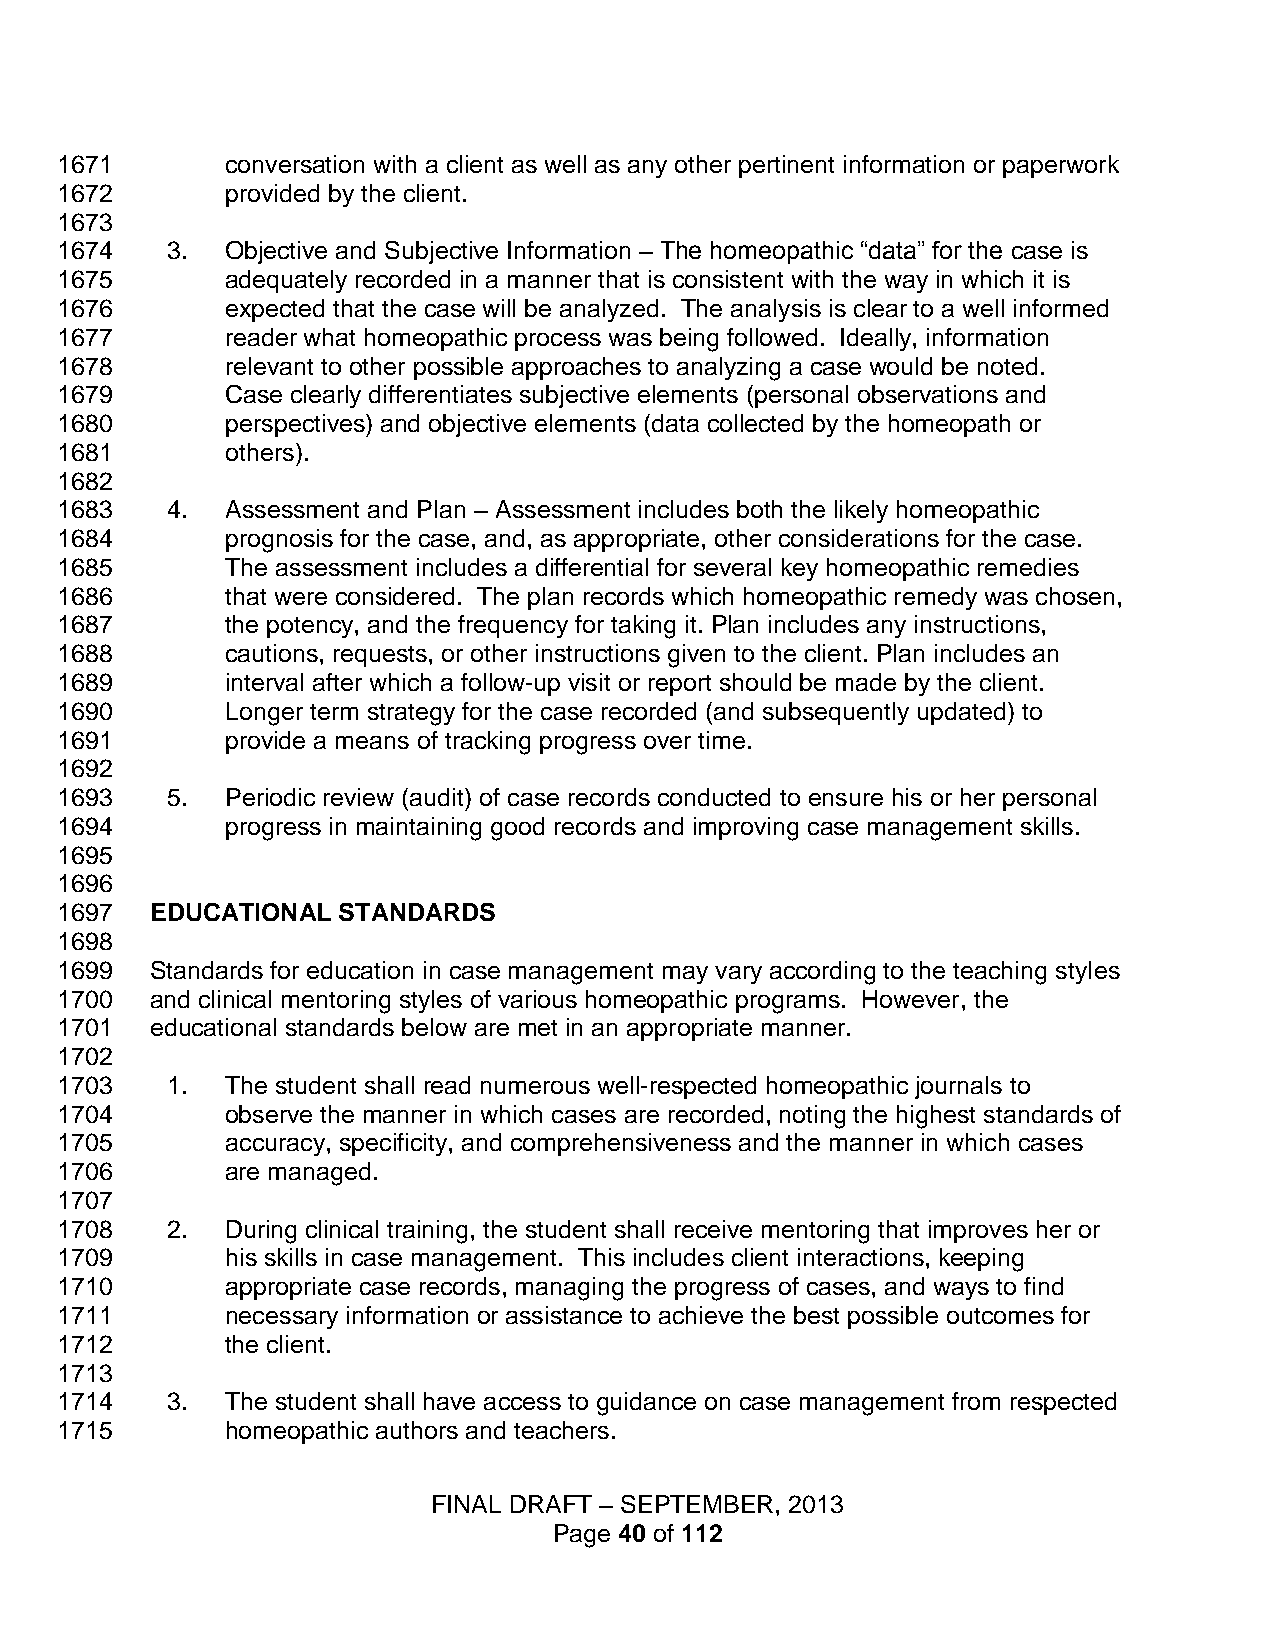
1671       conversation with a client as well as any other pertinent information or paperwork
 1672       provided by the client.
 1673
 1674   3.  Objective and Subjective Information – The homeopathic “data” for the case is
 1675       adequately recorded in a manner that is consistent with the way in which it is
 1676       expected that the case will be analyzed. The analysis is clear to a well informed
 1677       reader what homeopathic process was being followed. Ideally, information
 1678       relevant to other possible approaches to analyzing a case would be noted.
 1679       Case clearly differentiates subjective elements (personal observations and
 1680       perspectives) and objective elements (data collected by the homeopath or
 1681       others).
 1682
 1683   4.  Assessment and Plan – Assessment includes both the likely homeopathic
 1684       prognosis for the case, and, as appropriate, other considerations for the case.
 1685       The assessment includes a differential for several key homeopathic remedies
 1686       that were considered. The plan records which homeopathic remedy was chosen,
 1687       the potency, and the frequency for taking it. Plan includes any instructions,
 1688       cautions, requests, or other instructions given to the client. Plan includes an
 1689       interval after which a follow-up visit or report should be made by the client.
 1690       Longer term strategy for the case recorded (and subsequently updated) to
 1691       provide a means of tracking progress over time.
 1692
 1693   5.  Periodic review (audit) of case records conducted to ensure his or her personal
 1694       progress in maintaining good records and improving case management skills.
 1695
 1696
 1697  EDUCATIONAL STANDARDS
 1698
 1699  Standards for education in case management may vary according to the teaching styles
 1700  and clinical mentoring styles of various homeopathic programs. However, the
 1701  educational standards below are met in an appropriate manner.
 1702
 1703   1.  The student shall read numerous well-respected homeopathic journals to
 1704       observe the manner in which cases are recorded, noting the highest standards of
 1705       accuracy, specificity, and comprehensiveness and the manner in which cases
 1706       are managed.
 1707
 1708   2.  During clinical training, the student shall receive mentoring that improves her or
 1709       his skills in case management. This includes client interactions, keeping
 1710       appropriate case records, managing the progress of cases, and ways to find
 1711       necessary information or assistance to achieve the best possible outcomes for
 1712       the client.
 1713
 1714   3.  The student shall have access to guidance on case management from respected
 1715       homeopathic authors and teachers.
 FINAL DRAFT – SEPTEMBER, 2013
 Page 40 of 112